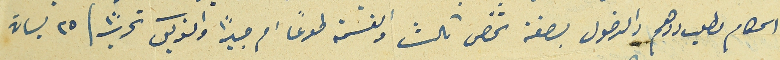
الحكام وطلب ردهم والدخول بصفة شخص ثالث والقسمة طوعاً ام جبرًا والتوكيل تحريرًا / ٢٥نيسان